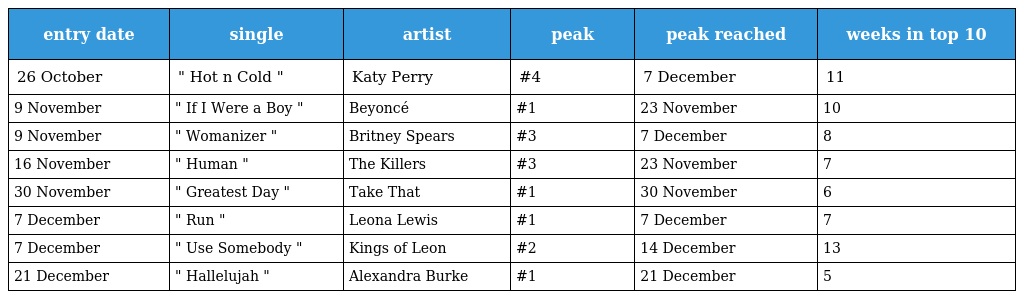
| entry date | single | artist | peak | peak reached | weeks in top 10 |
 | --- | --- | --- | --- | --- | --- |
 | 26 October | " Hot n Cold " | Katy Perry | #4 | 7 December | 11 |
 | 9 November | " If I Were a Boy " | Beyoncé | #1 | 23 November | 10 |
 | 9 November | " Womanizer " | Britney Spears | #3 | 7 December | 8 |
 | 16 November | " Human " | The Killers | #3 | 23 November | 7 |
 | 30 November | " Greatest Day " | Take That | #1 | 30 November | 6 |
 | 7 December | " Run " | Leona Lewis | #1 | 7 December | 7 |
 | 7 December | " Use Somebody " | Kings of Leon | #2 | 14 December | 13 |
 | 21 December | " Hallelujah " | Alexandra Burke | #1 | 21 December | 5 |